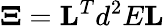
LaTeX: \boldsymbol{\Xi}=\mathbf{L}^{T}d^{2}E\mathbf{L}